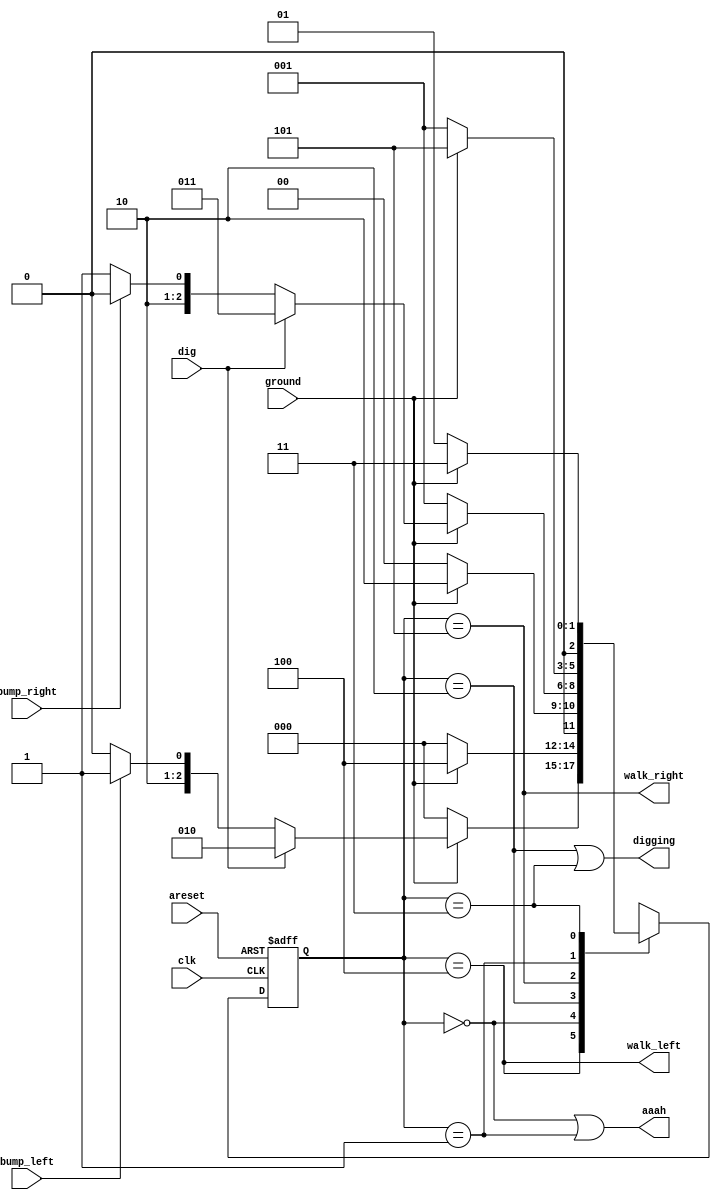
module top_module(
    input clk,
    input areset,    // Freshly brainwashed Lemmings walk left.
    input bump_left,
    input bump_right,
    input ground,
    input dig,
    output walk_left,
    output walk_right,
    output aaah,
    output digging ); 

    //-------------Internal Constants-----------------
    // F > D > W Switch, States : FallLeft, FallRight, DigLeft, DigRight, WalkLeft, WalkRight
    parameter FL=0, FR=1, DL=2, DR=3, WL=4, WR=5;  
    //-------------Internal Variables-----------------
    reg [2:0] state, next_state; //used Binary encoding, 3 state bits required for 6 states.

    // State transition logic - Combinational Logic
    always @(*) begin
        case(state)
            WL : next_state = ground ? (dig ? DL : (bump_left ? WR : WL)) : FL ;
            FL : next_state = ground ? WL : FL;
            DL : next_state = ground ? DL : FL;
            WR : next_state = ground ? (dig ? DR : (bump_right ? WL : WR)) : FR;
            FR : next_state = ground ? WR : FR;
            DR : next_state = ground ? DR : FR;    
            default : next_state = 3'bxxx;
        endcase
    end

    // Current state logic - Sequential Logic
    always @(posedge clk, posedge areset) begin
        // State flip-flops with asynchronous reset
        if(areset)
            state <= WL;
        else
            state <= next_state;
    end

    // Output logic - Combinational output logic
    assign aaah = (state == FL || state == FR); // Go aaah when Fall left or Fall right  
    assign digging = (state == DL || state == DR);
    assign walk_left = (state == WL ); 
    assign walk_right = (state == WR);    
    
endmodule